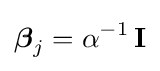
{\boldsymbol {\beta }}_{j}=\alpha ^{-1}\,\mathbf {I}